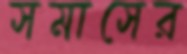
সমাসের